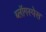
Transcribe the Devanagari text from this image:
ब्लॉगस्पेस